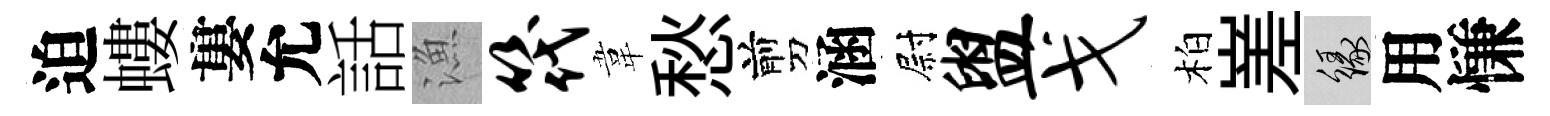
迫螻婁允話漁筏韋愁剪涵尉盥戈柏嵳緣用慊